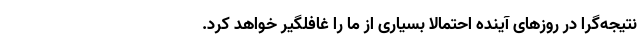
نتیجه‌گرا در روزهای آینده احتمالاً بسیاری از ما را غافلگیر خواهد کرد.